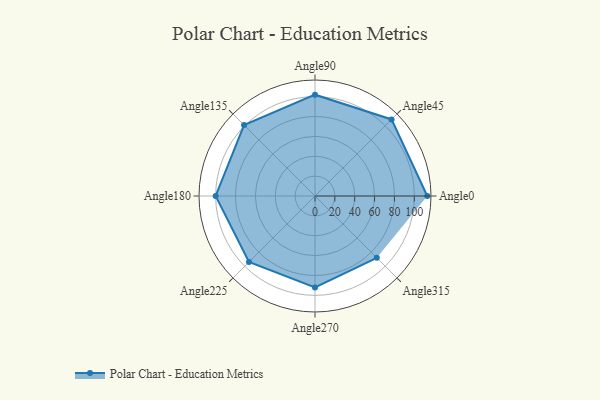
{"axis": {"x": "Angle", "y": "Radius"}, "legend": [""], "data": [{"x": "Angle0", "y": 113.0, "type": ""}, {"x": "Angle45", "y": 109.0, "type": ""}, {"x": "Angle90", "y": 102.0, "type": ""}, {"x": "Angle135", "y": 101.0, "type": ""}, {"x": "Angle180", "y": 100.0, "type": ""}, {"x": "Angle225", "y": 94.0, "type": ""}, {"x": "Angle270", "y": 92.0, "type": ""}, {"x": "Angle315", "y": 88.0, "type": ""}]}